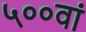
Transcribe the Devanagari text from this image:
५००वां